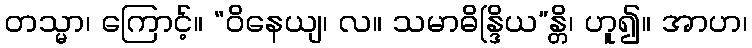
တသ္မာ၊ ကြောင့်။ “ဝိနေယျ၊ လ။ သမာဓိန္ဒြိယ”န္တိ၊ ဟူ၍။ အာဟ၊